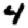
Digit: 4